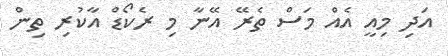
އަދި މިއީ އެއް މަސް ތެރޭ އޭނާ މި ރެކޯޑް އާކުރި ތިން